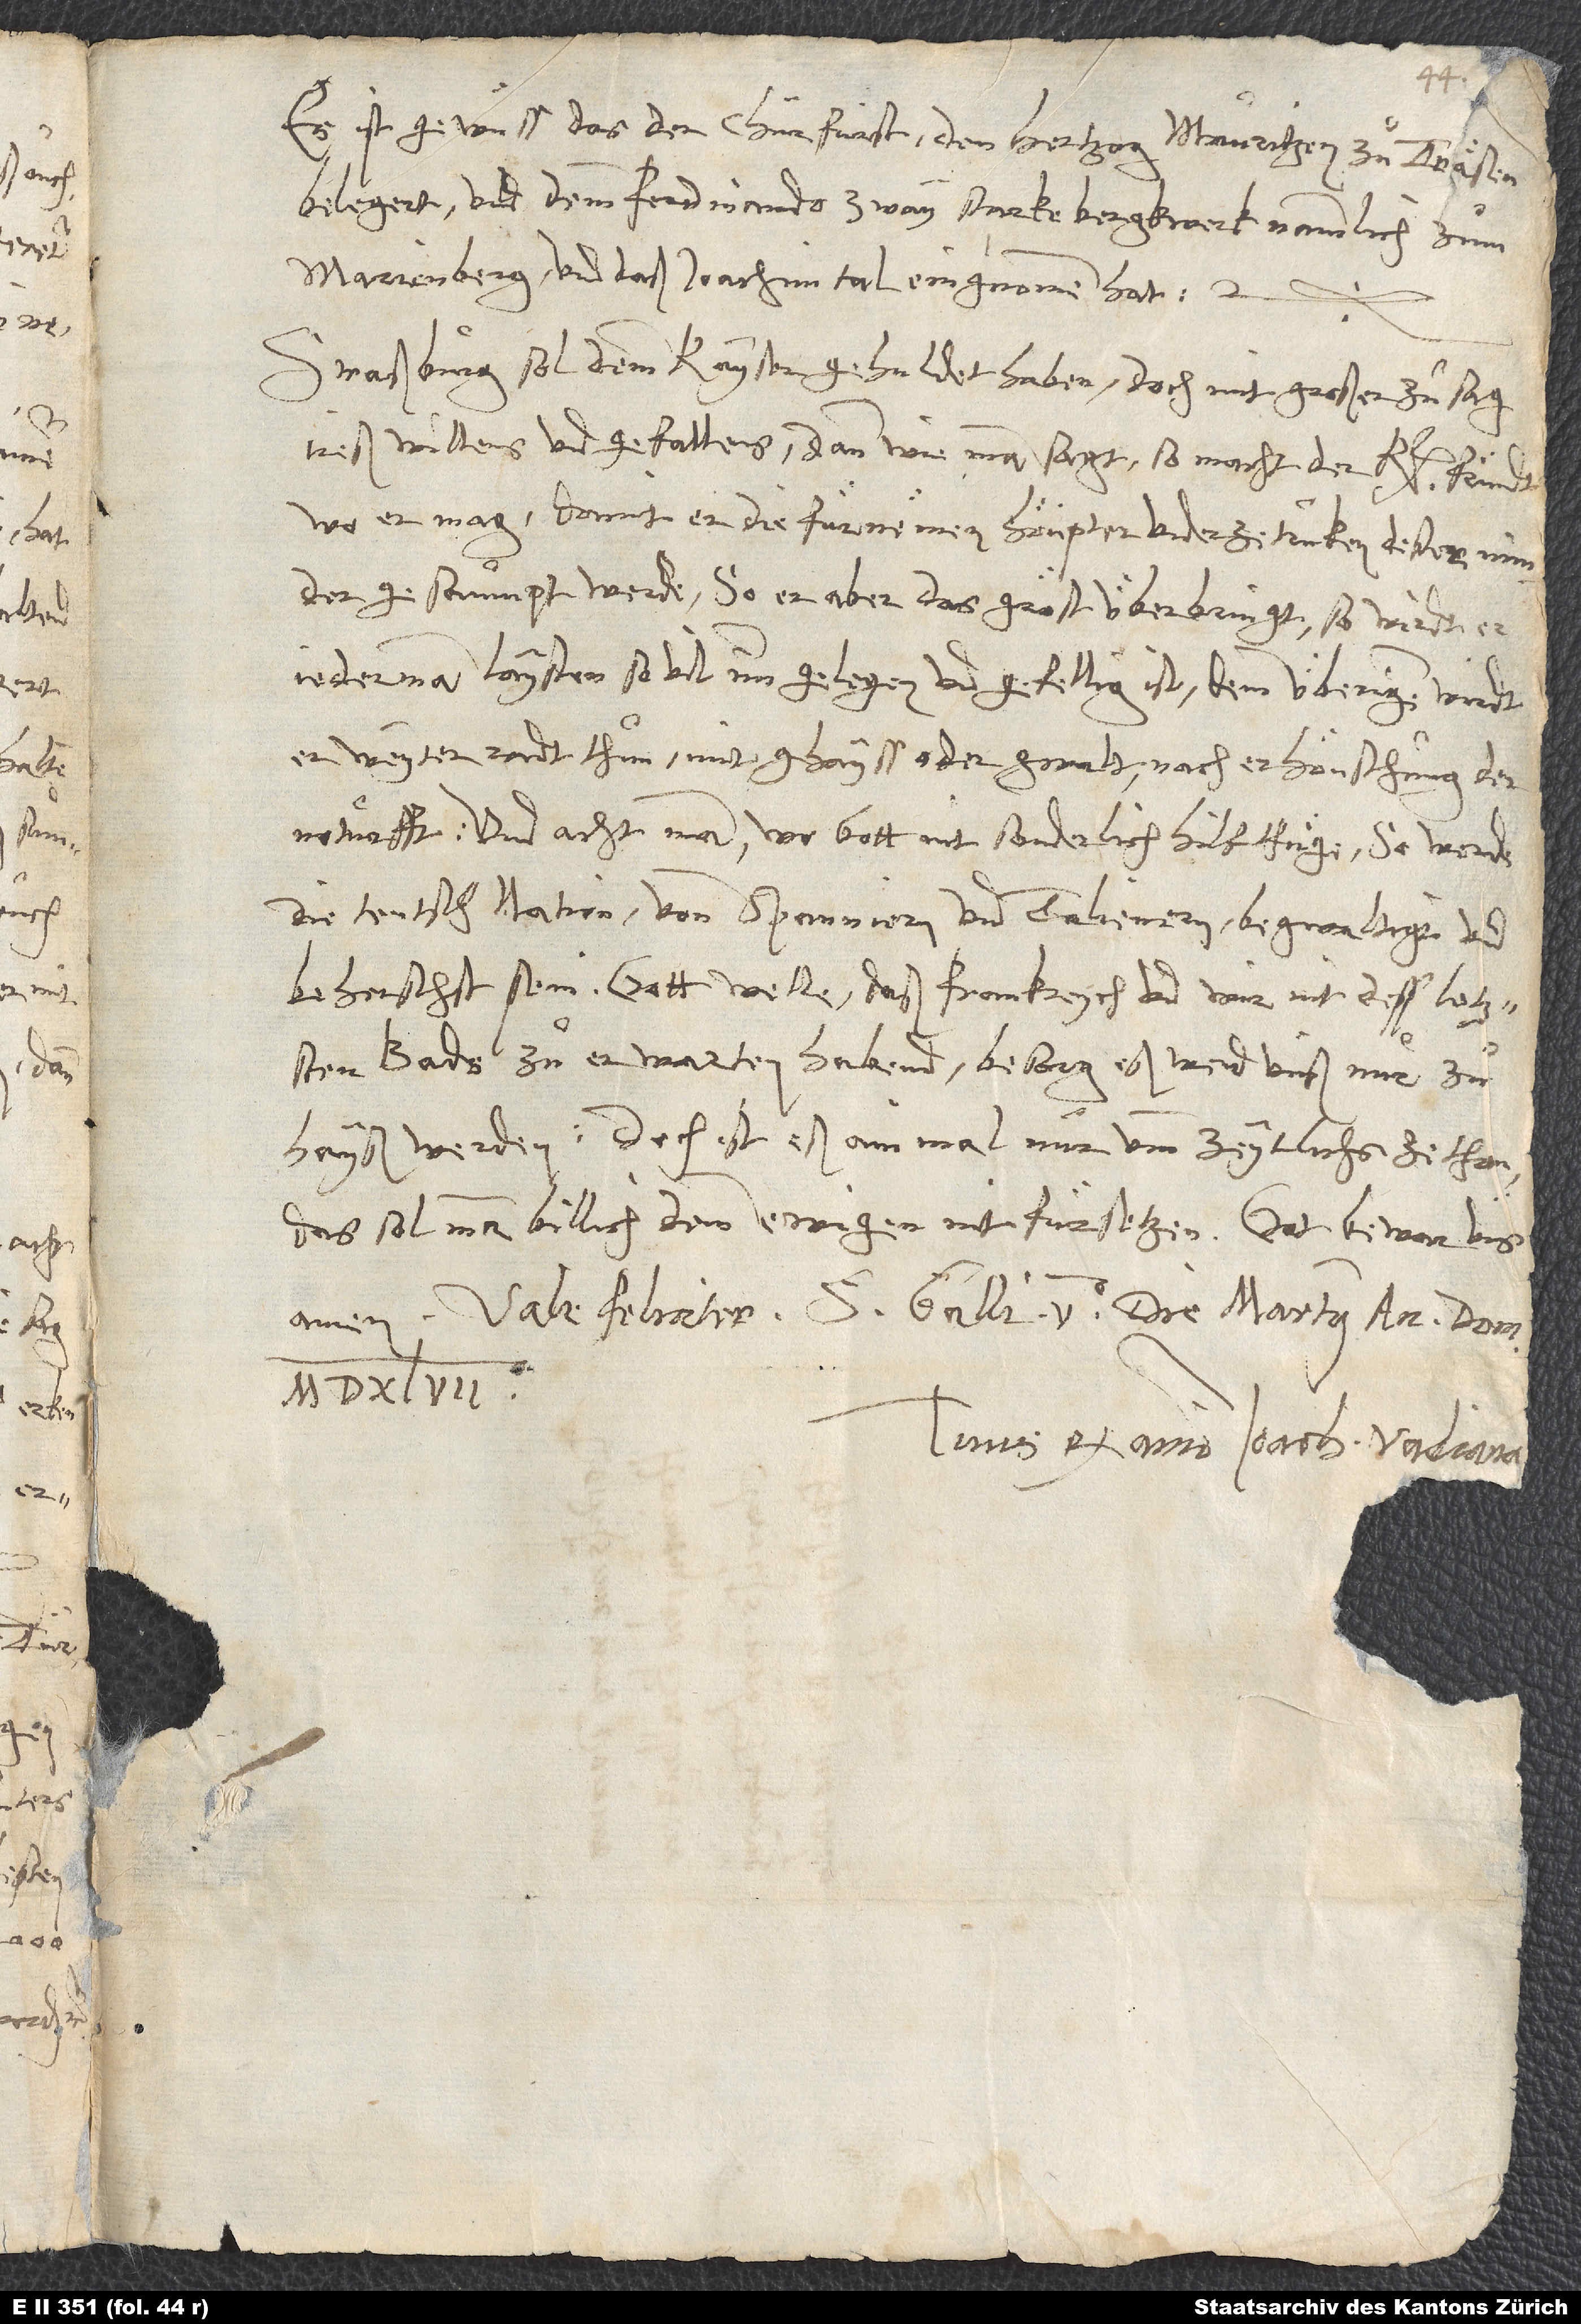
Es ist gewüss, das der churfürst den hertzog Mauritzen zuͦ Träsen
belegert und dem Ferdinando zway starke bergwerk, nammlich zum
Marienberg und daß Joachimtal, eingnomen hat.
Straßburg sol dem kayser gehuldet haben, doch mit großer zuͦsag
ireß willens und gefallens; dann, wie man sagt, so macht der k fründt,
wo er mag, domit er die fürnëmen höupter underzetruken dester minder
gesaumpt werde. So er aber das gröst überbringt, so wirdt er
jederman laysten, so vil imm gelegen und gefellig ist; demm überigen wirdt
er weyter radt thuͦn mit ghayss oder gwalt nach erhöuschung der
noturfft, und acht man, wo gott nit sonderlich hilf thuͤge, so werde
die teutsch nation vonn Spanniern und Italienern begwaltigt und
beherrscht sein. Gott welle, daß Frankreych und wir nit dess letzsten
bads zuͦ erwarten habend! Besorg, eß wer unß nur zuͦ
hayß werden. Doch ist eß ainmal nur umb zeytlichs ze thon;
das sol man billich demm ewigen nit fürsetzen. Got bewar üns!
Tuus ex animo Ioachimus Vadianus.